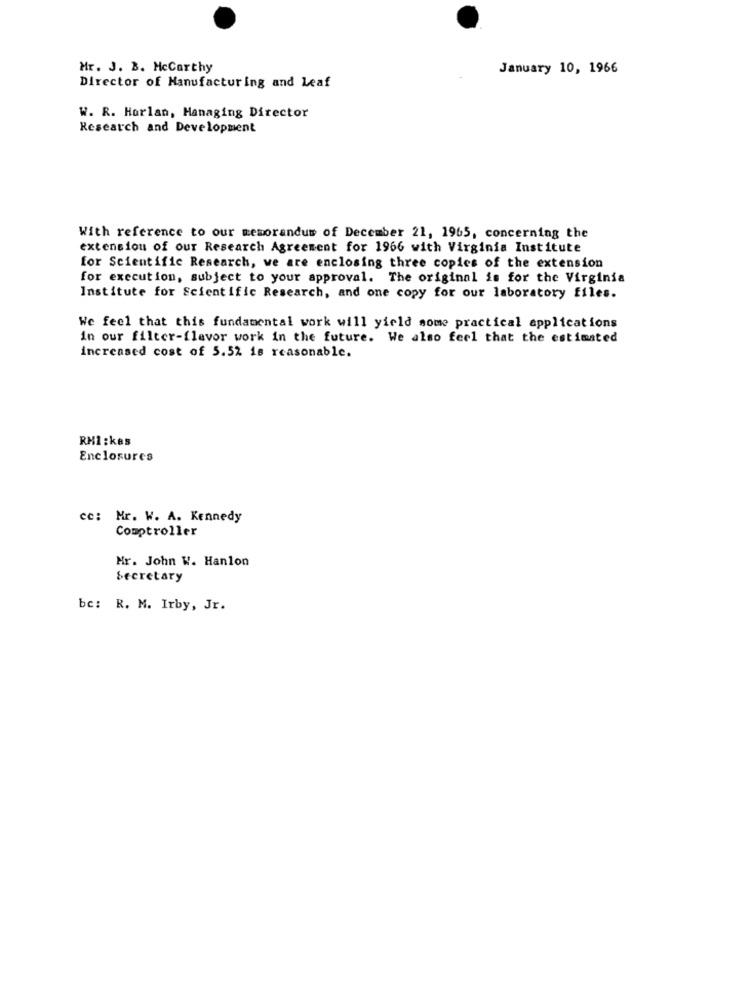
Mr. J. B. McCarthy
January 10, 1966
Director of Manufacturing and Leaf
W. R. Harlan, Managing Director
Research and Development
With reference to our memorandum of December 21, 1965, concerning the
extension of our Research Agreement for 1966 with Virginia Institute
for Scientific Research, we are enclosing three copies of the extension
for execution, subject to your approval. The original is for the Virginia
Institute for Scientific Research, and one copy for our laboratory files.
We feel that this fundamental work will yield some practical applications
in our filter-flavor work in the future. We also feel that the estimated
increased cost of 5.52 is reasonable.
RHI:kes
Enclosures
ce: Mr. W. A. Kennedy
Comptroller
Mr. John W. Hanlon
Secretary
be: R. M. Irby, Jr.